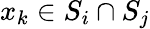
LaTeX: x_{k}\in S_{i}\cap S_{j}